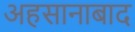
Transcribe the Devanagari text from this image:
अहसानाबाद